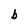
Character: b